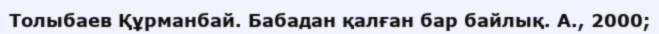
Толыбаев Құрманбай. Бабадан қалған бар байлық. А., 2000;